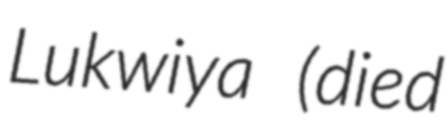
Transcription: Lukwiya (died